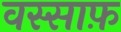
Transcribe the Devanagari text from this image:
वस्साफ़